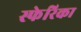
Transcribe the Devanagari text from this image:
स्फेरिका